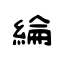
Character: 綸